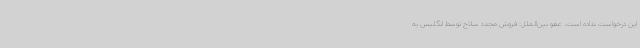
این درخواست نداده است. عفو بین‌الملل: فروش مجدد سلاح توسط انگلیس به